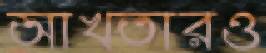
আখতারও